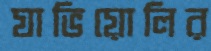
যাভিয়োলির